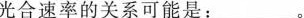
光合速率的关系可能是：___